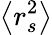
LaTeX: \left<r_{s}^{2}\right>